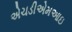
એચડીએમઆઇ